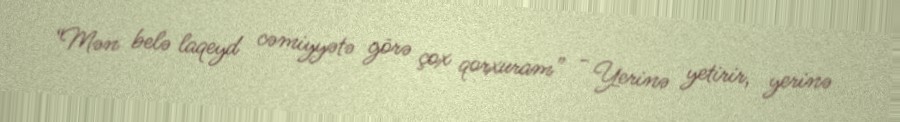
“Mən belə laqeyd cəmiyyətə görə çox qorxuram” - Yerinə yetirir, yerinə